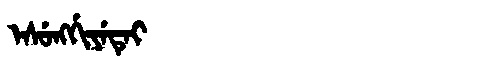
Manchu: ᡝᠰᡠᠩᡤᡳᠶᡝᡨᡝᡳ
Romanization: ESUNGGIYETEI